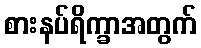
စားနပ်ရိက္ခာအတွက်